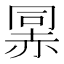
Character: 𰷯